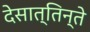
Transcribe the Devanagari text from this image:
देसात्तिन्ते